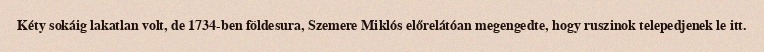
Kéty sokáig lakatlan volt, de 1734-ben földesura, Szemere Miklós előrelátóan megengedte, hogy ruszinok telepedjenek le itt.